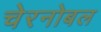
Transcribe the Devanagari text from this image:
चेरनोबल